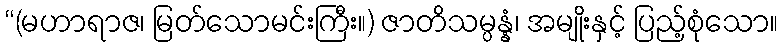
“(မဟာရာဇ၊ မြတ်သောမင်းကြီး။) ဇာတိသမ္ပန္နံ၊ အမျိုးနှင့် ပြည့်စုံသော။